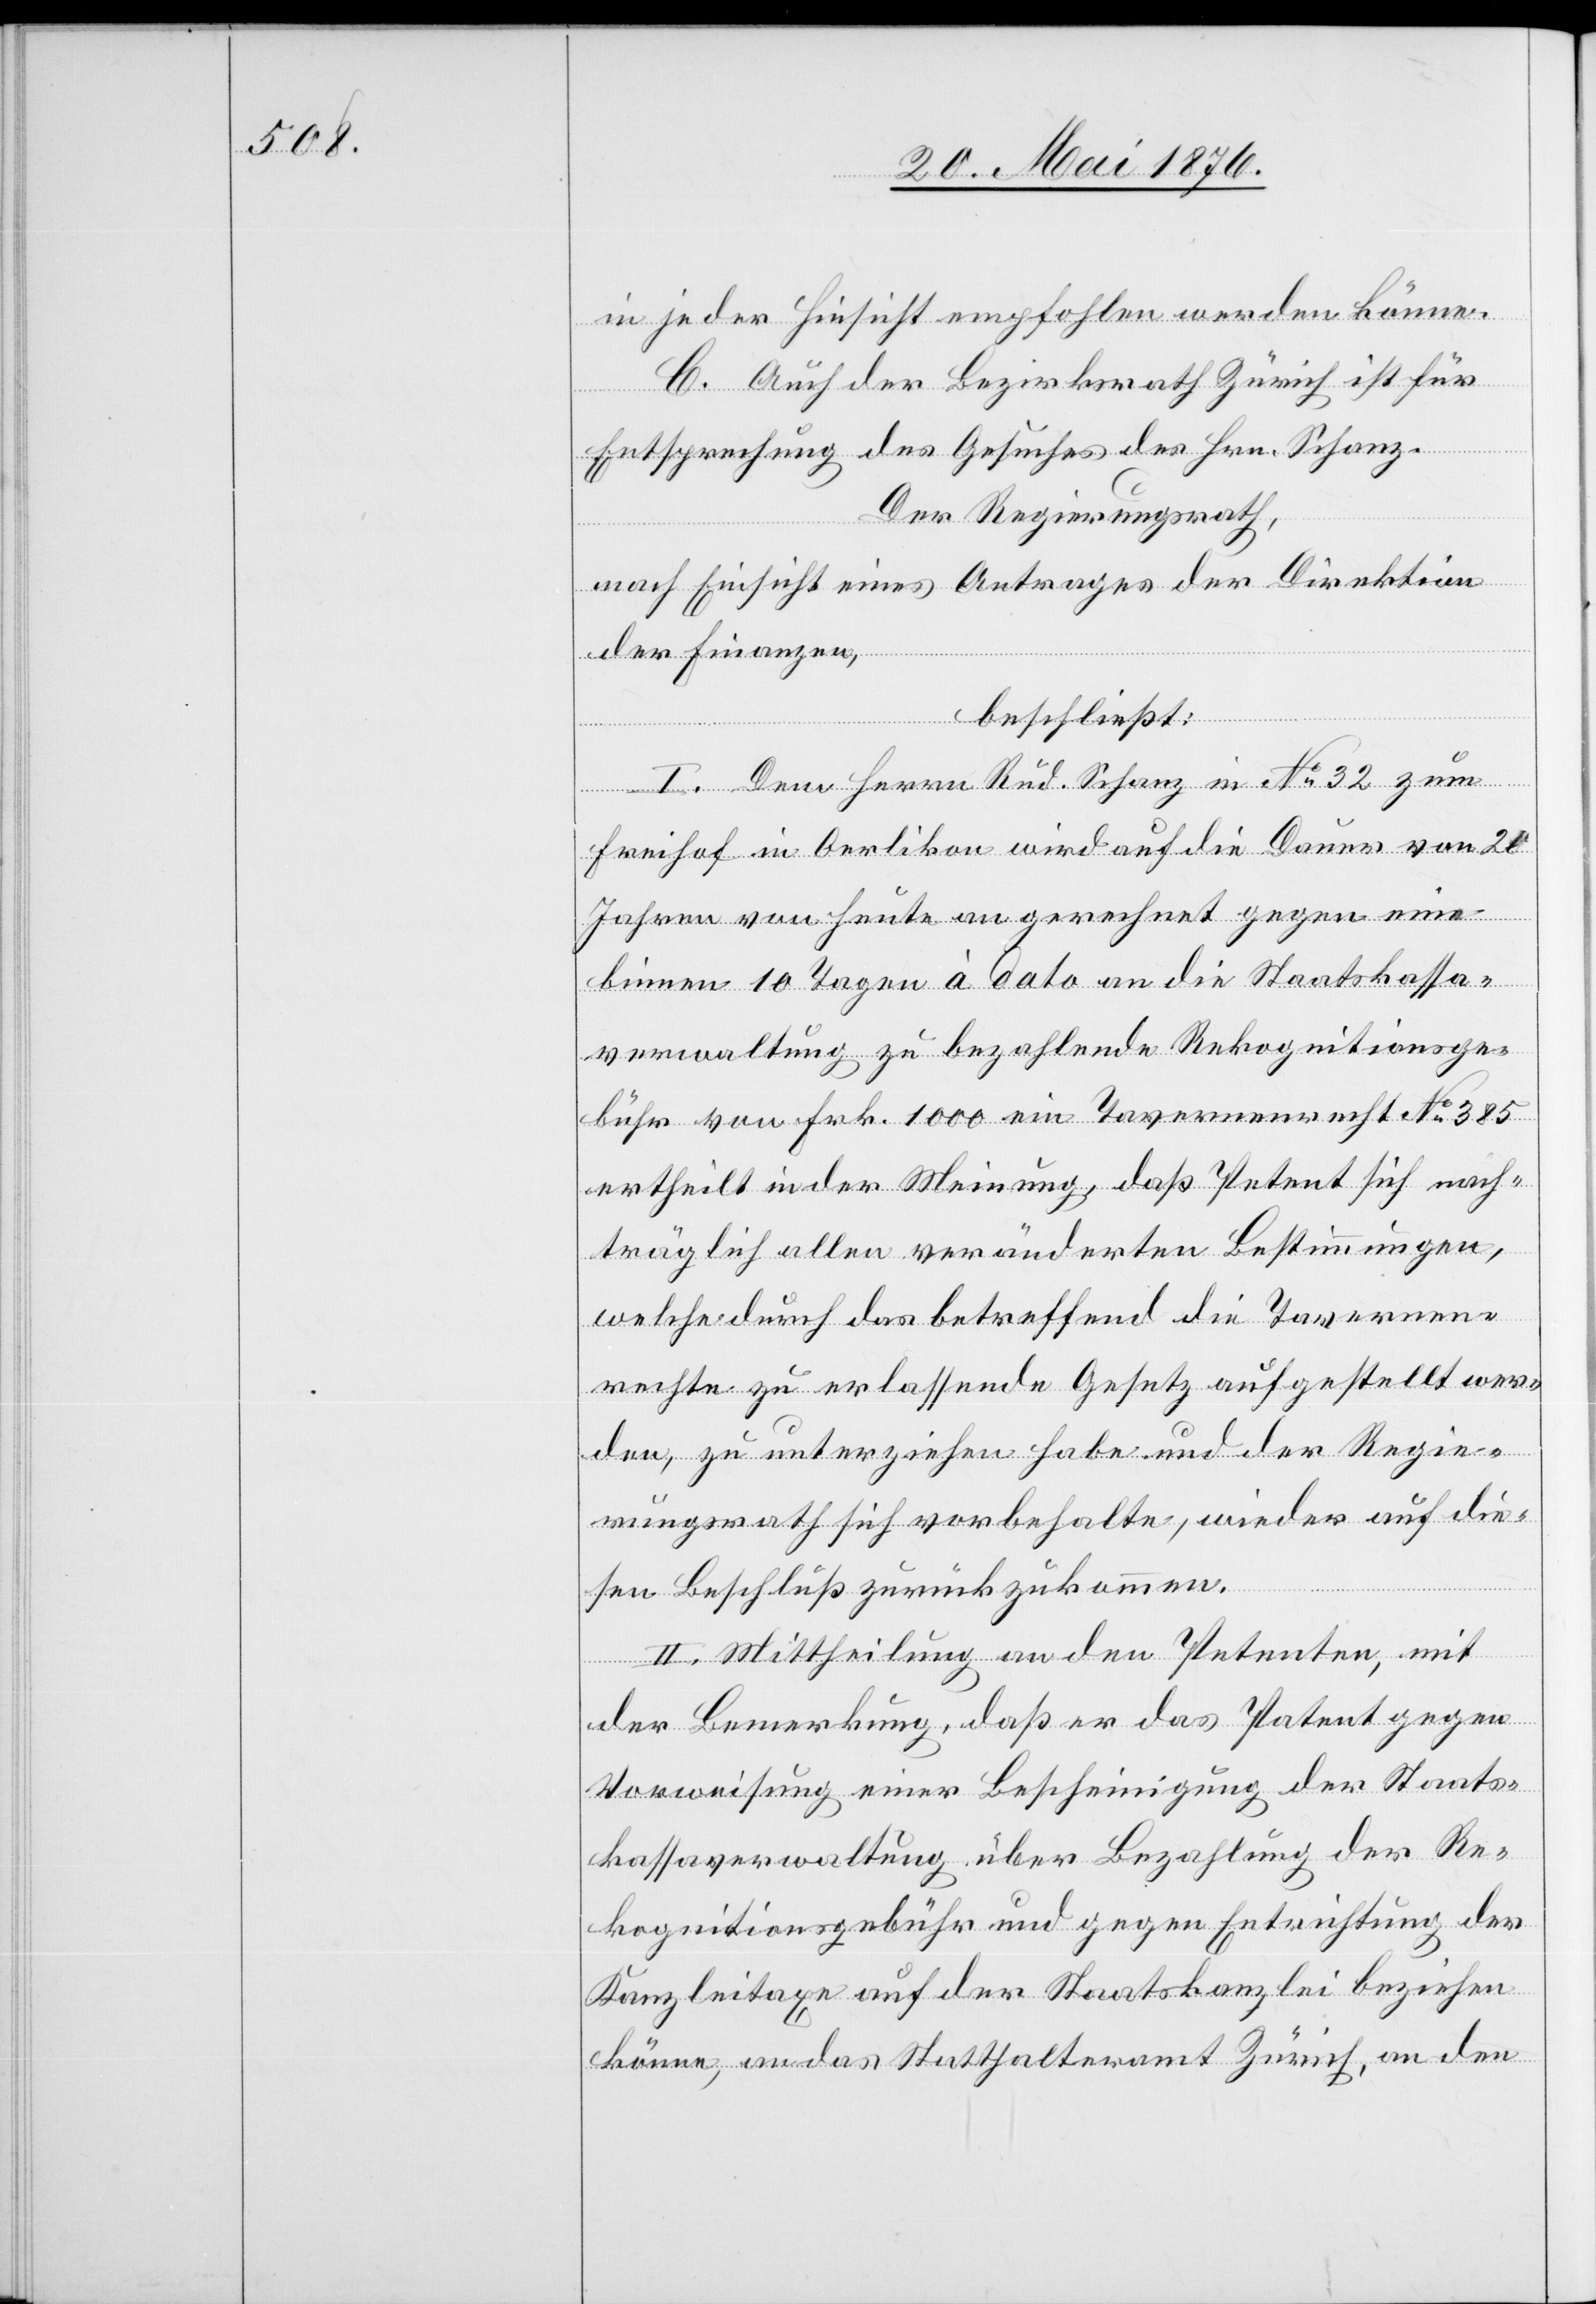
in jeder Hinsicht empfohlen werden könne.
C. Auch der Bezirksrath Zürich ist für
Entsprechung des Gesuches des Hrn. Schanz.
Der Regierungsrath,
nach Einsicht eines Antrages der Direktion
der Finanzen,
beschließt:
I. Dem Herrn Rud. Schanz in No 32 zum
Freihof in Oerlikon wird auf die Dauer von 20
Jahren von heute an gerechnet gegen eine
binnen 10 Tagen à dato an die Staatskassa¬
verwaltung zu bezahlende Rekognitionsge¬
bühr von Frk. 1000 ein Tavernenrecht No 385
ertheilt in der Meinung, daß Petent sich nach¬
träglich allen veränderten Bestimmungen,
welche durch das betreffend die Tavernen¬
rechte zu erlassende Gesetz aufgestellt wer¬
den, zu unterziehen habe und der Regie¬
rungsrath sich vorbehalte, wieder auf die¬
sen Beschluß zurückzukommen.
II. Mittheilung an den Petenten, mit
der Bemerkung, daß er das Patent gegen
Vorweisung einer Bescheinigung der Staats¬
kassaverwaltung über Bezahlung der Re¬
kognitionsgebühr und gegen Entrichtung der
Kanzleitaxe auf der Staatskanzlei beziehen
könne, an das Statthalteramt Zürich, an den